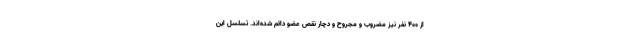
از ۴۰۰ نفر نیز مضروب و مجروح و دچار نقص عضو دائم شده‌اند. تسلسل این